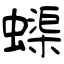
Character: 蟝